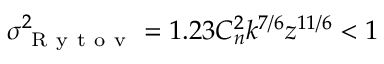
\sigma _ { \mathrm { ~ R ~ y ~ t ~ o ~ v ~ } } ^ { 2 } = 1 . 2 3 C _ { n } ^ { 2 } k ^ { 7 / 6 } z ^ { 1 1 / 6 } < 1